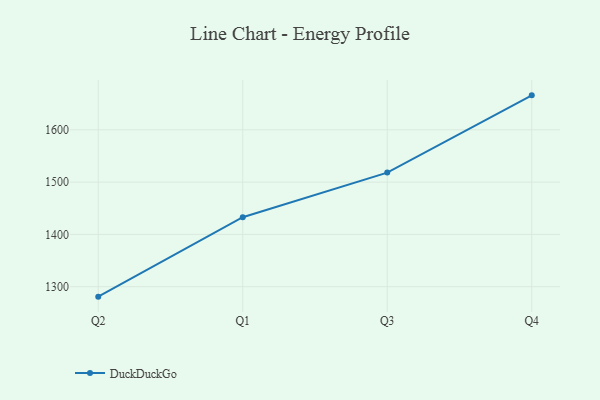
{"axis": {"x": "Quarter", "y": "Tickets Resolved"}, "legend": ["DuckDuckGo"], "data": [{"x": "Q2", "y": 1280.9, "type": "DuckDuckGo"}, {"x": "Q1", "y": 1432.9, "type": "DuckDuckGo"}, {"x": "Q3", "y": 1518.2, "type": "DuckDuckGo"}, {"x": "Q4", "y": 1666.0, "type": "DuckDuckGo"}]}